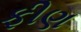
ફીણ